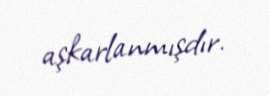
aşkarlanmışdır.